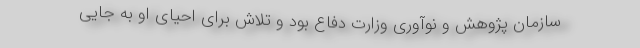
سازمان پژوهش و نوآوری وزارت دفاع بود و تلاش برای احیای او به جایی